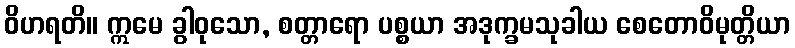
ဝိဟရတိ။ ဣမေ ခွါဝုသော, စတ္တာရော ပစ္စယာ အဒုက္ခမသုခါယ စေတောဝိမုတ္တိယာ